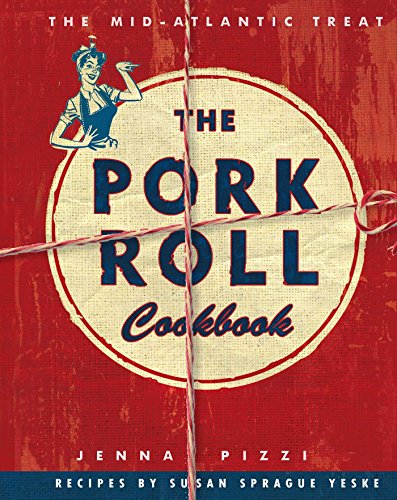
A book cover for The Pork Roll Cookbook; Jenna Pizzi; Cookbooks, Food & Wine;